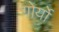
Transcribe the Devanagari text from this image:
गोर्यो